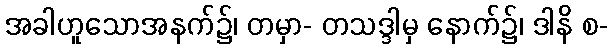
အခါဟူသောအနက်၌၊ တမှာ- တသဒ္ဒါမှ နောက်၌၊ ဒါနိ စ-